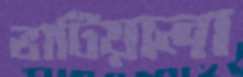
ভাটিয়ালা